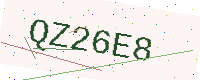
Text: QZ26E8